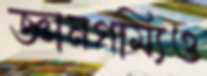
জ্ঞানগম্যিও